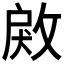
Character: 𢽲